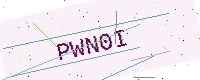
Text: PWN0I